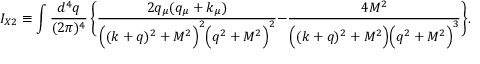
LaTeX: I _ { X 2 } \equiv \int \frac { d ^ { 4 } q } { ( 2 \pi ) ^ { 4 } } \, \Bigg \{ \frac { 2 q _ { \mu } ( q _ { \mu } + k _ { \mu } ) } { \Big ( ( k + q ) ^ { 2 } + M ^ { 2 } \Big ) ^ { 2 } \Big ( q ^ { 2 } + M ^ { 2 } \Big ) ^ { 2 } } - \frac { 4 M ^ { 2 } } { \Big ( ( k + q ) ^ { 2 } + M ^ { 2 } \Big ) \Big ( q ^ { 2 } + M ^ { 2 } \Big ) ^ { 3 } } \Bigg \} . \qquad